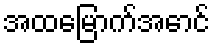
အထမြောက်အောင်